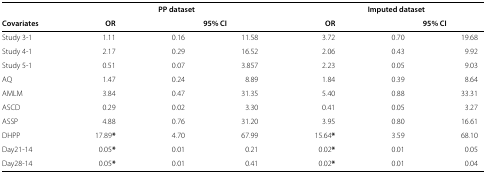
<table><thead><tr><td><b> </b></td><td colspan="3"><b>PP dataset</b></td><td colspan="3"><b>Imputed dataset</b></td></tr><tr><td><b>Covariates</b></td><td><b>OR</b></td><td colspan="2"><b>95% CI</b></td><td><b>OR</b></td><td colspan="2"><b>95% CI</b></td></tr></thead><tbody><tr><td>Study 3-1</td><td>1.11</td><td>0.16</td><td>11.58</td><td>3.72</td><td>0.70</td><td>19.68</td></tr><tr><td>Study 4-1</td><td>2.17</td><td>0.29</td><td>16.52</td><td>2.06</td><td>0.43</td><td>9.92</td></tr><tr><td>Study 5-1</td><td>0.51</td><td>0.07</td><td>3.857</td><td>2.23</td><td>0.05</td><td>9.03</td></tr><tr><td>AQ</td><td>1.47</td><td>0.24</td><td>8.89</td><td>1.84</td><td>0.39</td><td>8.64</td></tr><tr><td>AMLM</td><td>3.84</td><td>0.47</td><td>31.35</td><td>5.40</td><td>0.88</td><td>33.31</td></tr><tr><td>ASCD</td><td>0.29</td><td>0.02</td><td>3.30</td><td>0.41</td><td>0.05</td><td>3.27</td></tr><tr><td>ASSP</td><td>4.88</td><td>0.76</td><td>31.20</td><td>3.95</td><td>0.80</td><td>16.61</td></tr><tr><td>DHPP</td><td>17.89<b>*</b></td><td>4.70</td><td>67.99</td><td>15.64<b>*</b></td><td>3.59</td><td>68.10</td></tr><tr><td>Day21-14</td><td>0.05<b>*</b></td><td>0.01</td><td>0.21</td><td>0.02<b>*</b></td><td>0.01</td><td>0.05</td></tr><tr><td>Day28-14</td><td>0.05<b>*</b></td><td>0.01</td><td>0.41</td><td>0.02<b>*</b></td><td>0.01</td><td>0.04</td></tr></tbody></table>